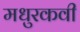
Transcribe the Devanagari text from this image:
मधुरकवी